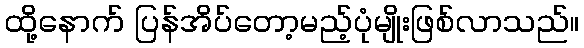
ထို့နောက် ပြန်အိပ်တော့မည့်ပုံမျိုးဖြစ်လာသည်။